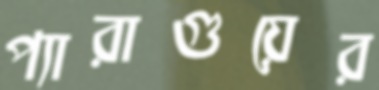
প্যারাগুয়ের